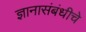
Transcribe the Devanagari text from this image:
ज्ञानासंबंधीचे